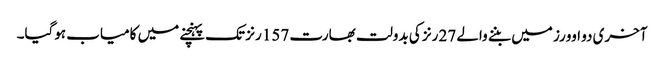
آخری دو اوورز میں بننے والے 27 رنز کی بدولت بھارت 157 رنز تک پہنچنے میں کامیاب ہوگیا۔